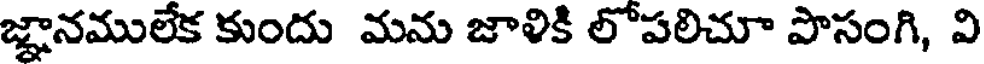
జ్ఞానములేక కుందు మను జాళికి లోపలిచూ పొసంగి, వి